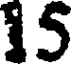
15